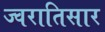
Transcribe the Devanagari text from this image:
ज्वरातिसार